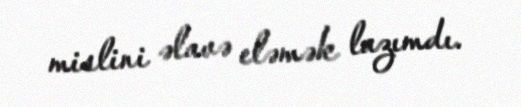
mislini əlavə eləmək lazımdı.